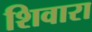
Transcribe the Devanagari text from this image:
शिवारा